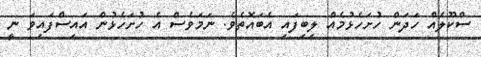
ސްކޫލެއް ހަދަން ހުށަހެޅުމެއް ލިބިފައި އެބައޮތެވެ. ނަމަވެސް އެ ހުށަހެޅުން އައިސްފައިވަ ނީ